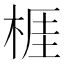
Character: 𣔦